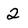
Character: 2